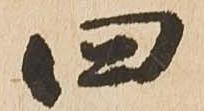
四